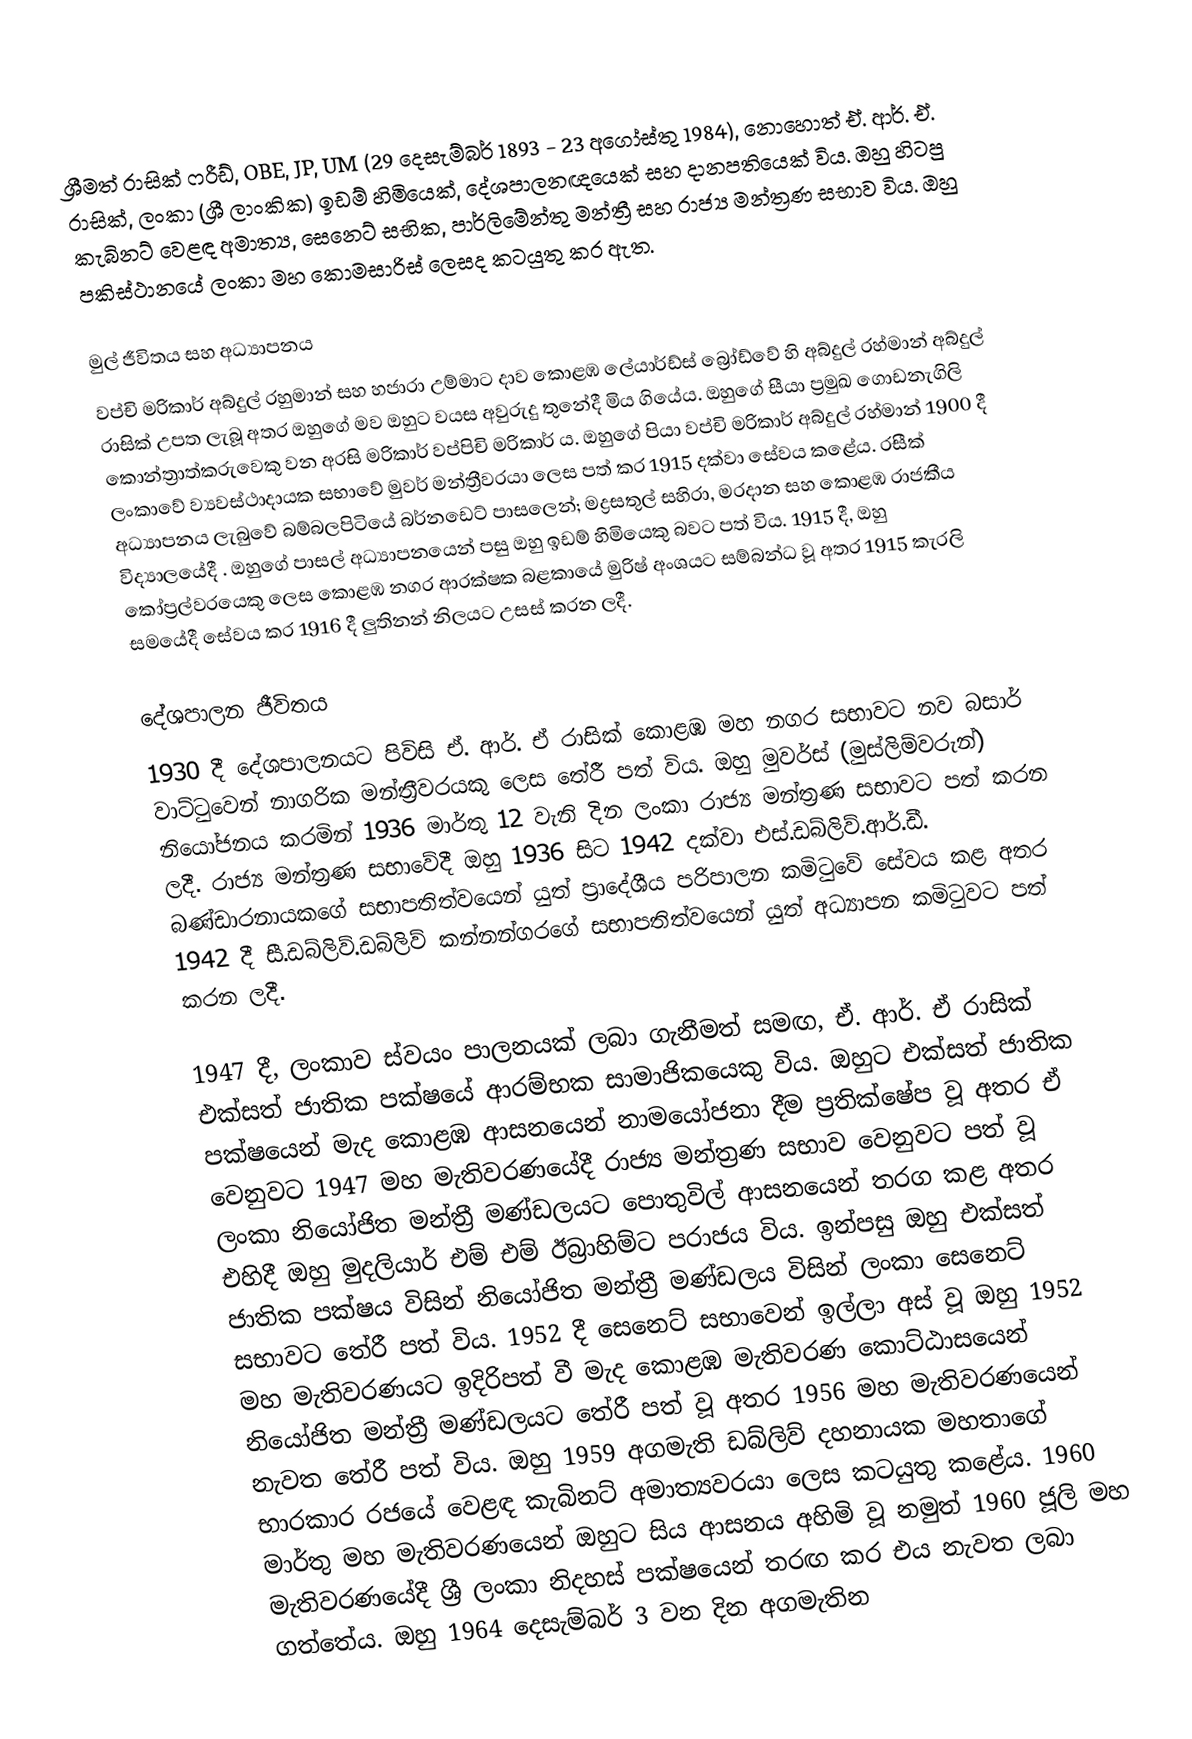
ශ්‍රීමත් රාසික් ෆරීඩ්, OBE, JP, UM (29 දෙසැම්බර් 1893 - 23 අගෝස්තු 1984), නොහොත් ඒ. ආර්. ඒ. රාසික්, ලංකා (ශ්‍රී ලාංකික) ඉඩම් හිමියෙක්, දේශපාලනඥයෙක් සහ දානපතියෙක් විය. ඔහු හිටපු කැබිනට් වෙළඳ අමාත්‍ය, සෙනෙට් සභික, පාර්ලිමේන්තු මන්ත්‍රී සහ රාජ්‍ය මන්ත්‍රණ සභාව විය. ඔහු පකිස්ථානයේ ලංකා මහ කොමසාරිස් ලෙසද කටයුතු කර ඇත.

මුල් ජීවිතය සහ අධ්‍යාපනය
වප්චි මරිකාර් අබ්දුල් රහුමාන් සහ හජාරා උම්මාට දාව කොළඹ ලේයාර්ඩ්ස් බ්‍රෝඩ්වේ හි අබ්දුල් රහ්මාන් අබ්දුල් රාසික් උපත ලැබූ අතර ඔහුගේ මව ඔහුට වයස අවුරුදු තුනේදී මිය ගියේය. ඔහුගේ සීයා ප්‍රමුඛ ගොඩනැගිලි කොන්ත්‍රාත්කරුවෙකු වන අරසි මරිකාර් වප්පිචි මරිකාර් ය. ඔහුගේ පියා වප්චි මරිකාර් අබ්දුල් රහ්මාන් 1900 දී ලංකාවේ ව්‍යවස්ථාදායක සභාවේ මුවර් මන්ත්‍රීවරයා ලෙස පත් කර 1915 දක්වා සේවය කළේය. රසීක් අධ්‍යාපනය ලැබුවේ බම්බලපිටියේ බර්නඩෙට් පාසලෙන්; මද්‍රසතුල් සහිරා, මරදාන සහ කොළඹ රාජකීය විද්‍යාලයේදී . ඔහුගේ පාසල් අධ්‍යාපනයෙන් පසු ඔහු ඉඩම් හිමියෙකු බවට පත් විය. 1915 දී, ඔහු කෝප්‍රල්වරයෙකු ලෙස කොළඹ නගර ආරක්ෂක බළකායේ මුරිෂ් අංශයට සම්බන්ධ වූ අතර 1915 කැරලි සමයේදී සේවය කර 1916 දී ලුතිනන් නිලයට උසස් කරන ලදී.

දේශපාලන ජීවිතය
1930 දී දේශපාලනයට පිවිසි ඒ. ආර්. ඒ රාසික් කොළඹ මහ නගර සභාවට නව බසාර් වාට්ටුවෙන් නාගරික මන්ත්‍රීවරයකු ලෙස තේරී පත් විය. ඔහු මුවර්ස් (මුස්ලිම්වරුන්) නියෝජනය කරමින් 1936 මාර්තු 12 වැනි දින ලංකා රාජ්‍ය මන්ත්‍රණ සභාවට පත් කරන ලදී. රාජ්‍ය මන්ත්‍රණ සභාවේදී ඔහු 1936 සිට 1942 දක්වා එස්.ඩබ්ලිව්.ආර්.ඩී. බණ්ඩාරනායකගේ සභාපතිත්වයෙන් යුත් ප්‍රාදේශීය පරිපාලන කමිටුවේ සේවය කළ අතර 1942 දී සී.ඩබ්ලිව්.ඩබ්ලිව් කන්නන්ගරගේ සභාපතිත්වයෙන් යුත් අධ්‍යාපන කමිටුවට පත් කරන ලදී.

1947 දී, ලංකාව ස්වයං පාලනයක් ලබා ගැනීමත් සමඟ, ඒ. ආර්. ඒ රාසික් එක්සත් ජාතික පක්ෂයේ ආරම්භක සාමාජිකයෙකු විය. ඔහුට එක්සත් ජාතික පක්ෂයෙන් මැද කොළඹ ආසනයෙන් නාමයෝජනා දීම ප්‍රතික්ෂේප වූ අතර ඒ වෙනුවට 1947 මහ මැතිවරණයේදී රාජ්‍ය මන්ත්‍රණ සභාව වෙනුවට පත් වූ ලංකා නියෝජිත මන්ත්‍රී මණ්ඩලයට පොතුවිල් ආසනයෙන් තරග කළ අතර එහිදී ඔහු මුදලියාර් එම් එම් ඊබ්‍රාහිම්ට පරාජය විය. ඉන්පසු ඔහු එක්සත් ජාතික පක්ෂය විසින් නියෝජිත මන්ත්‍රී මණ්ඩලය විසින් ලංකා සෙනෙට් සභාවට තේරී පත් විය. 1952 දී සෙනෙට් සභාවෙන් ඉල්ලා අස් වූ ඔහු 1952 මහ මැතිවරණයට ඉදිරිපත් වී මැද කොළඹ මැතිවරණ කොට්ඨාසයෙන් නියෝජිත මන්ත්‍රී මණ්ඩලයට තේරී පත් වූ අතර 1956 මහ මැතිවරණයෙන් නැවත තේරී පත් විය. ඔහු 1959 අගමැති ඩබ්ලිව් දහනායක මහතාගේ භාරකාර රජයේ වෙළඳ කැබිනට් අමාත්‍යවරයා ලෙස කටයුතු කළේය. 1960 මාර්තු මහ මැතිවරණයෙන් ඔහුට සිය ආසනය අහිමි වූ නමුත් 1960 ජූලි මහ මැතිවරණයේදී ශ්‍රී ලංකා නිදහස් පක්ෂයෙන් තරඟ කර එය නැවත ලබා ගත්තේය. ඔහු 1964 දෙසැම්බර් 3 වන දින අගමැතින